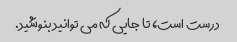
درست است، تا جایی که می توانید بنوشید.